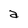
Character: a